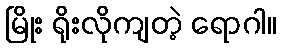
မြိုး ရိုးလိုကျတဲ့ ရောဂါ။